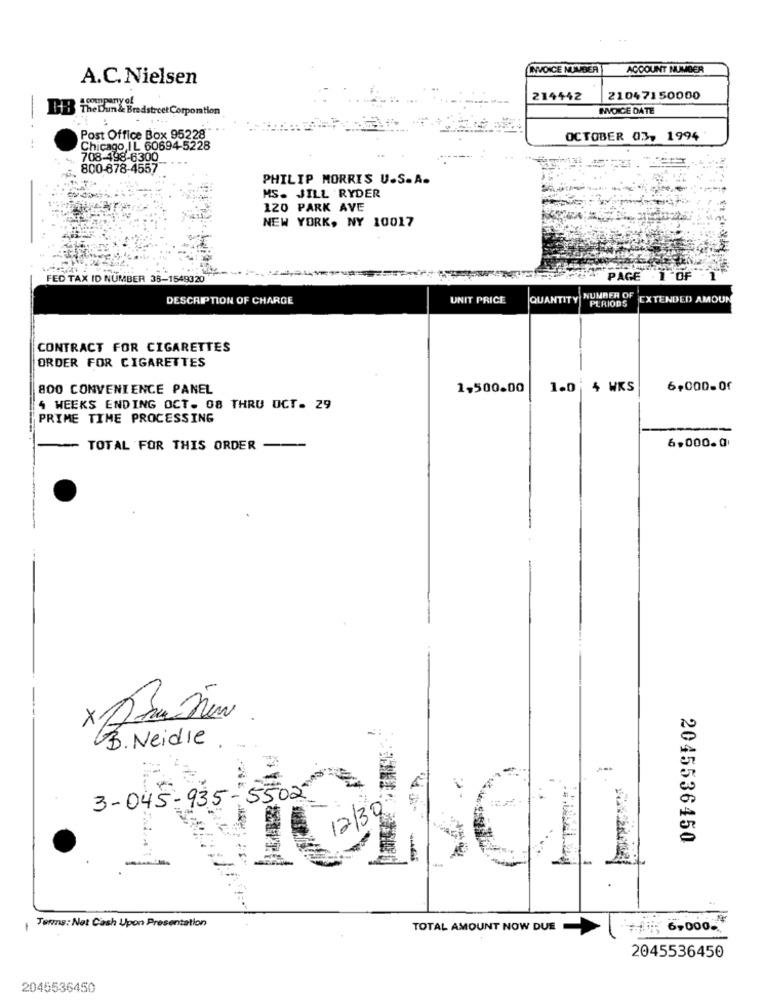
INVOICE NUMBER
ACCOUNT NUMBER
A.C. Nielsen
214442
21047150000
n & Bradstreet Corporation
INVOICE DATE
Post Office Box 95228
OCTOBER 03, 1994
Chicago, IL 60694-5228
708-498-6300
800-678-4557
PHILIP MORRIS U.S.A.
MS. JILL RYDER
120 PARK AVE
NEW YORK, NY 10017
FED TAX ID NUMBER 35-1549320
PAGE
.1 OF
1
DESCRIPTION OF CHARGE
UNIT PRICE
QUANTITY
NUMBER OF
PERIODS
EXTENDED AMOUN
CONTRACT FOR CIGARETTES
ORDER FOR CIGARETTES
800 CONVENIENCE PANEL
1,500.00
1.0 4 WKS
6,000-01
4 WEEKS ENDING OCT. 08 THRU OCT. 29
PRIME TIME PROCESSING
TOTAL FOR THIS ORDER
6,000.0
×
B. Neidle
3-045-935- 5502
2045536450
-
Terms: Net Cash Upon Presentation
1
TOTAL AMOUNT NOW DUE
+1 ;; 6,0005
2045536450
2045536450